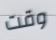
وقت